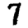
Digit: 7